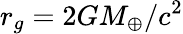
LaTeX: r_{g}={2GM_{\oplus}}/{c^{2}}